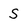
Character: S